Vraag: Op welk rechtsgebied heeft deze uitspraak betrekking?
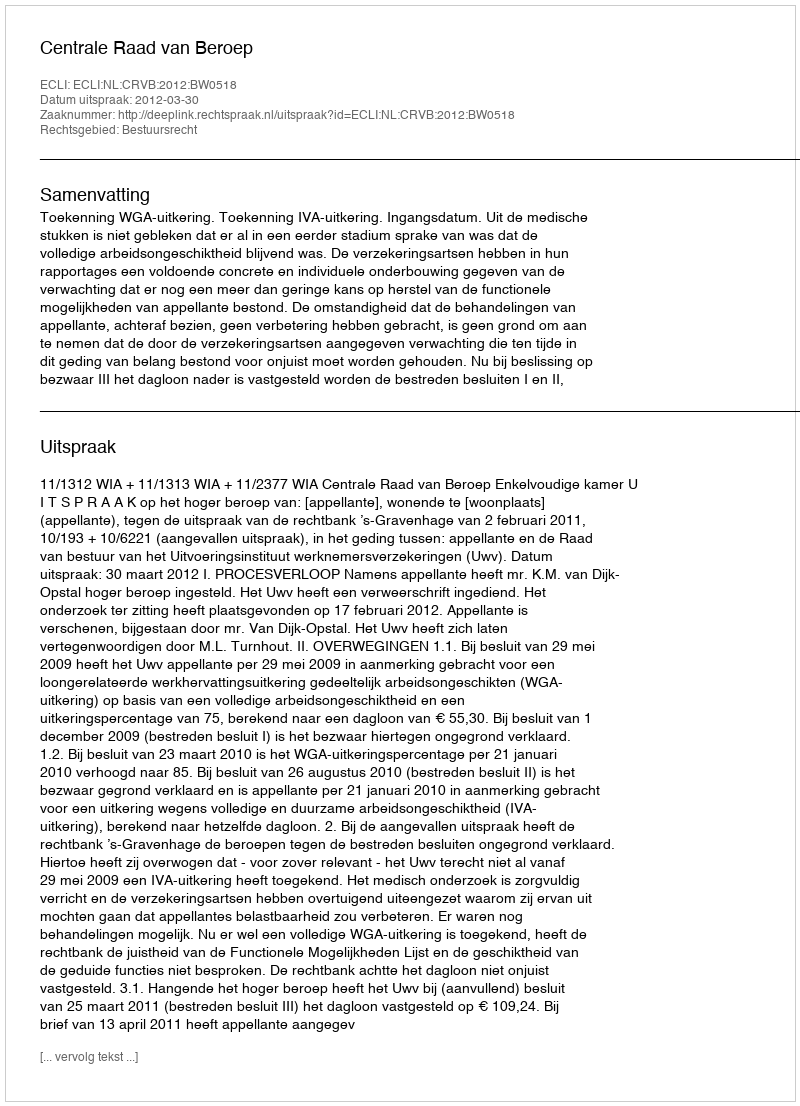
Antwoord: Bestuursrecht